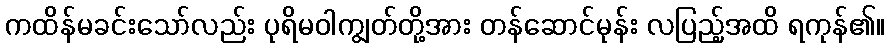
ကထိန်မခင်းသော်လည်း ပုရိမဝါကျွတ်တို့အား တန်ဆောင်မုန်း လပြည့်အထိ ရကုန်၏။